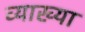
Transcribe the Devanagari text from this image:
व्याख्या